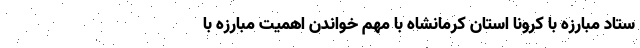
ستاد مبارزه با کرونا استان کرمانشاه با مهم خواندن اهمیت مبارزه با